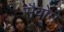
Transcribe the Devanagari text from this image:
सैवोम